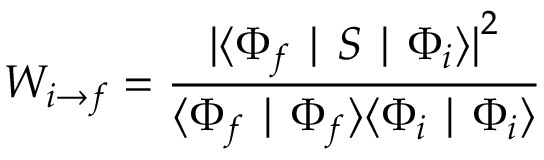
W _ { i \rightarrow f } = { \frac { { \vert \langle \Phi _ { f } \mid S \mid \Phi _ { i } \rangle \vert } ^ { 2 } } { \langle \Phi _ { f } \mid \Phi _ { f } \rangle \langle \Phi _ { i } \mid \Phi _ { i } \rangle } }